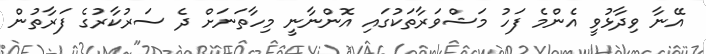
އޭނާ ވިދާޅުވީ އެންމެ ފަހު މަޝްވަރާތަކުގައި އޮންނާނީ މިހާތަނަށް ދެ ސަރުކާރުގެ ފަރާތުން